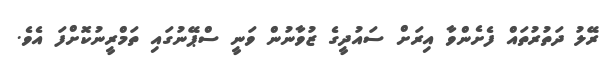
ރޭލު ދަތުރުތައް ފެށެންވާ އިރަށް ސަައުދީގެ ޒުވާނުން ވަނީ ސްޕޭނުގައި ތަމްރީނުކޮށްފަ އެެވެ.